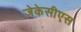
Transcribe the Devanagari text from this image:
जेकेसीएस